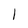
Character: 1